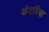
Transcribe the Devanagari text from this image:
कंटरिया